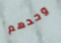
وحدهم